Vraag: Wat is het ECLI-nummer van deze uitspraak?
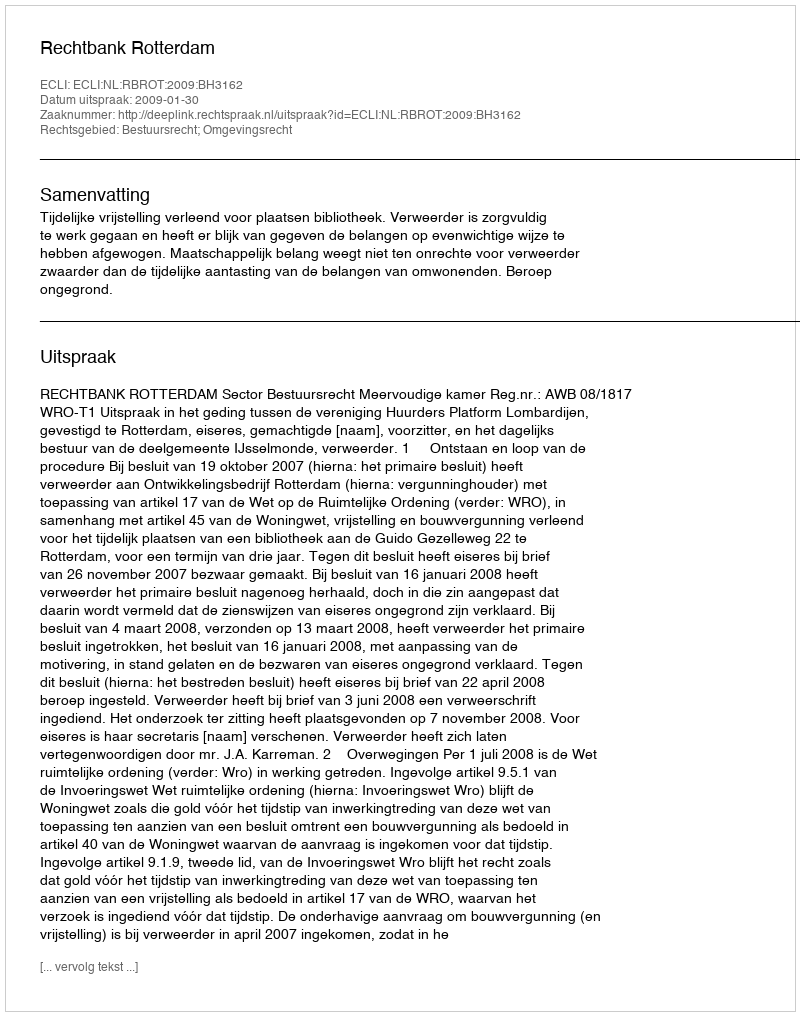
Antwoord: ECLI:NL:RBROT:2009:BH3162